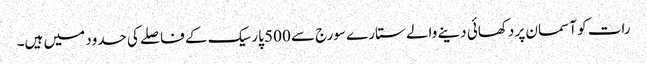
رات کو آسمان پر دکھائی دینے والے ستارے سورج سے 500 پارسیک کے فاصلے کی حدود میں ہیں۔